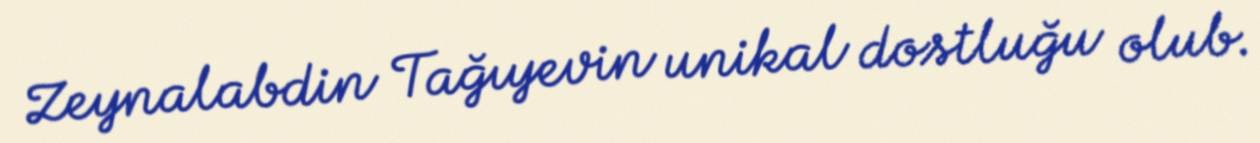
Zeynalabdin Tağıyevin unikal dostluğu olub.